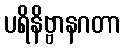
ပရိနိဗ္ဗာနဂတာ